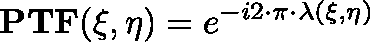
\mathbf { P T F ( \xi , \eta ) } = e ^ { - i 2 \cdot \pi \cdot \lambda ( \xi , \eta ) }